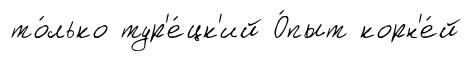
то́лько тур'е́цк'ий О́пыт корн'е́й